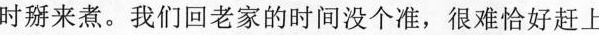
时掰来煮。我们回老家的时间没个准，很难恰好赶上